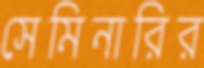
সেমিনারির